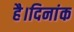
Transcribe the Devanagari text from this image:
है।दिनांक